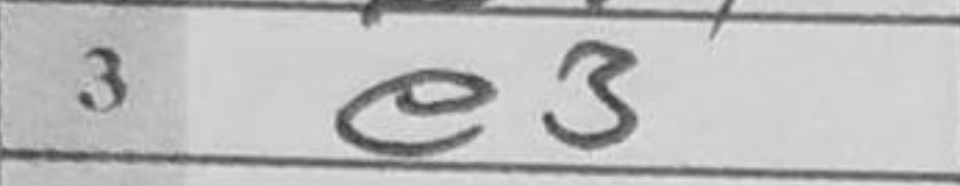
Transcription: e3